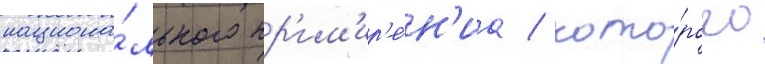
национа́льного пр'им'ир'е́н'иа / кото́рого